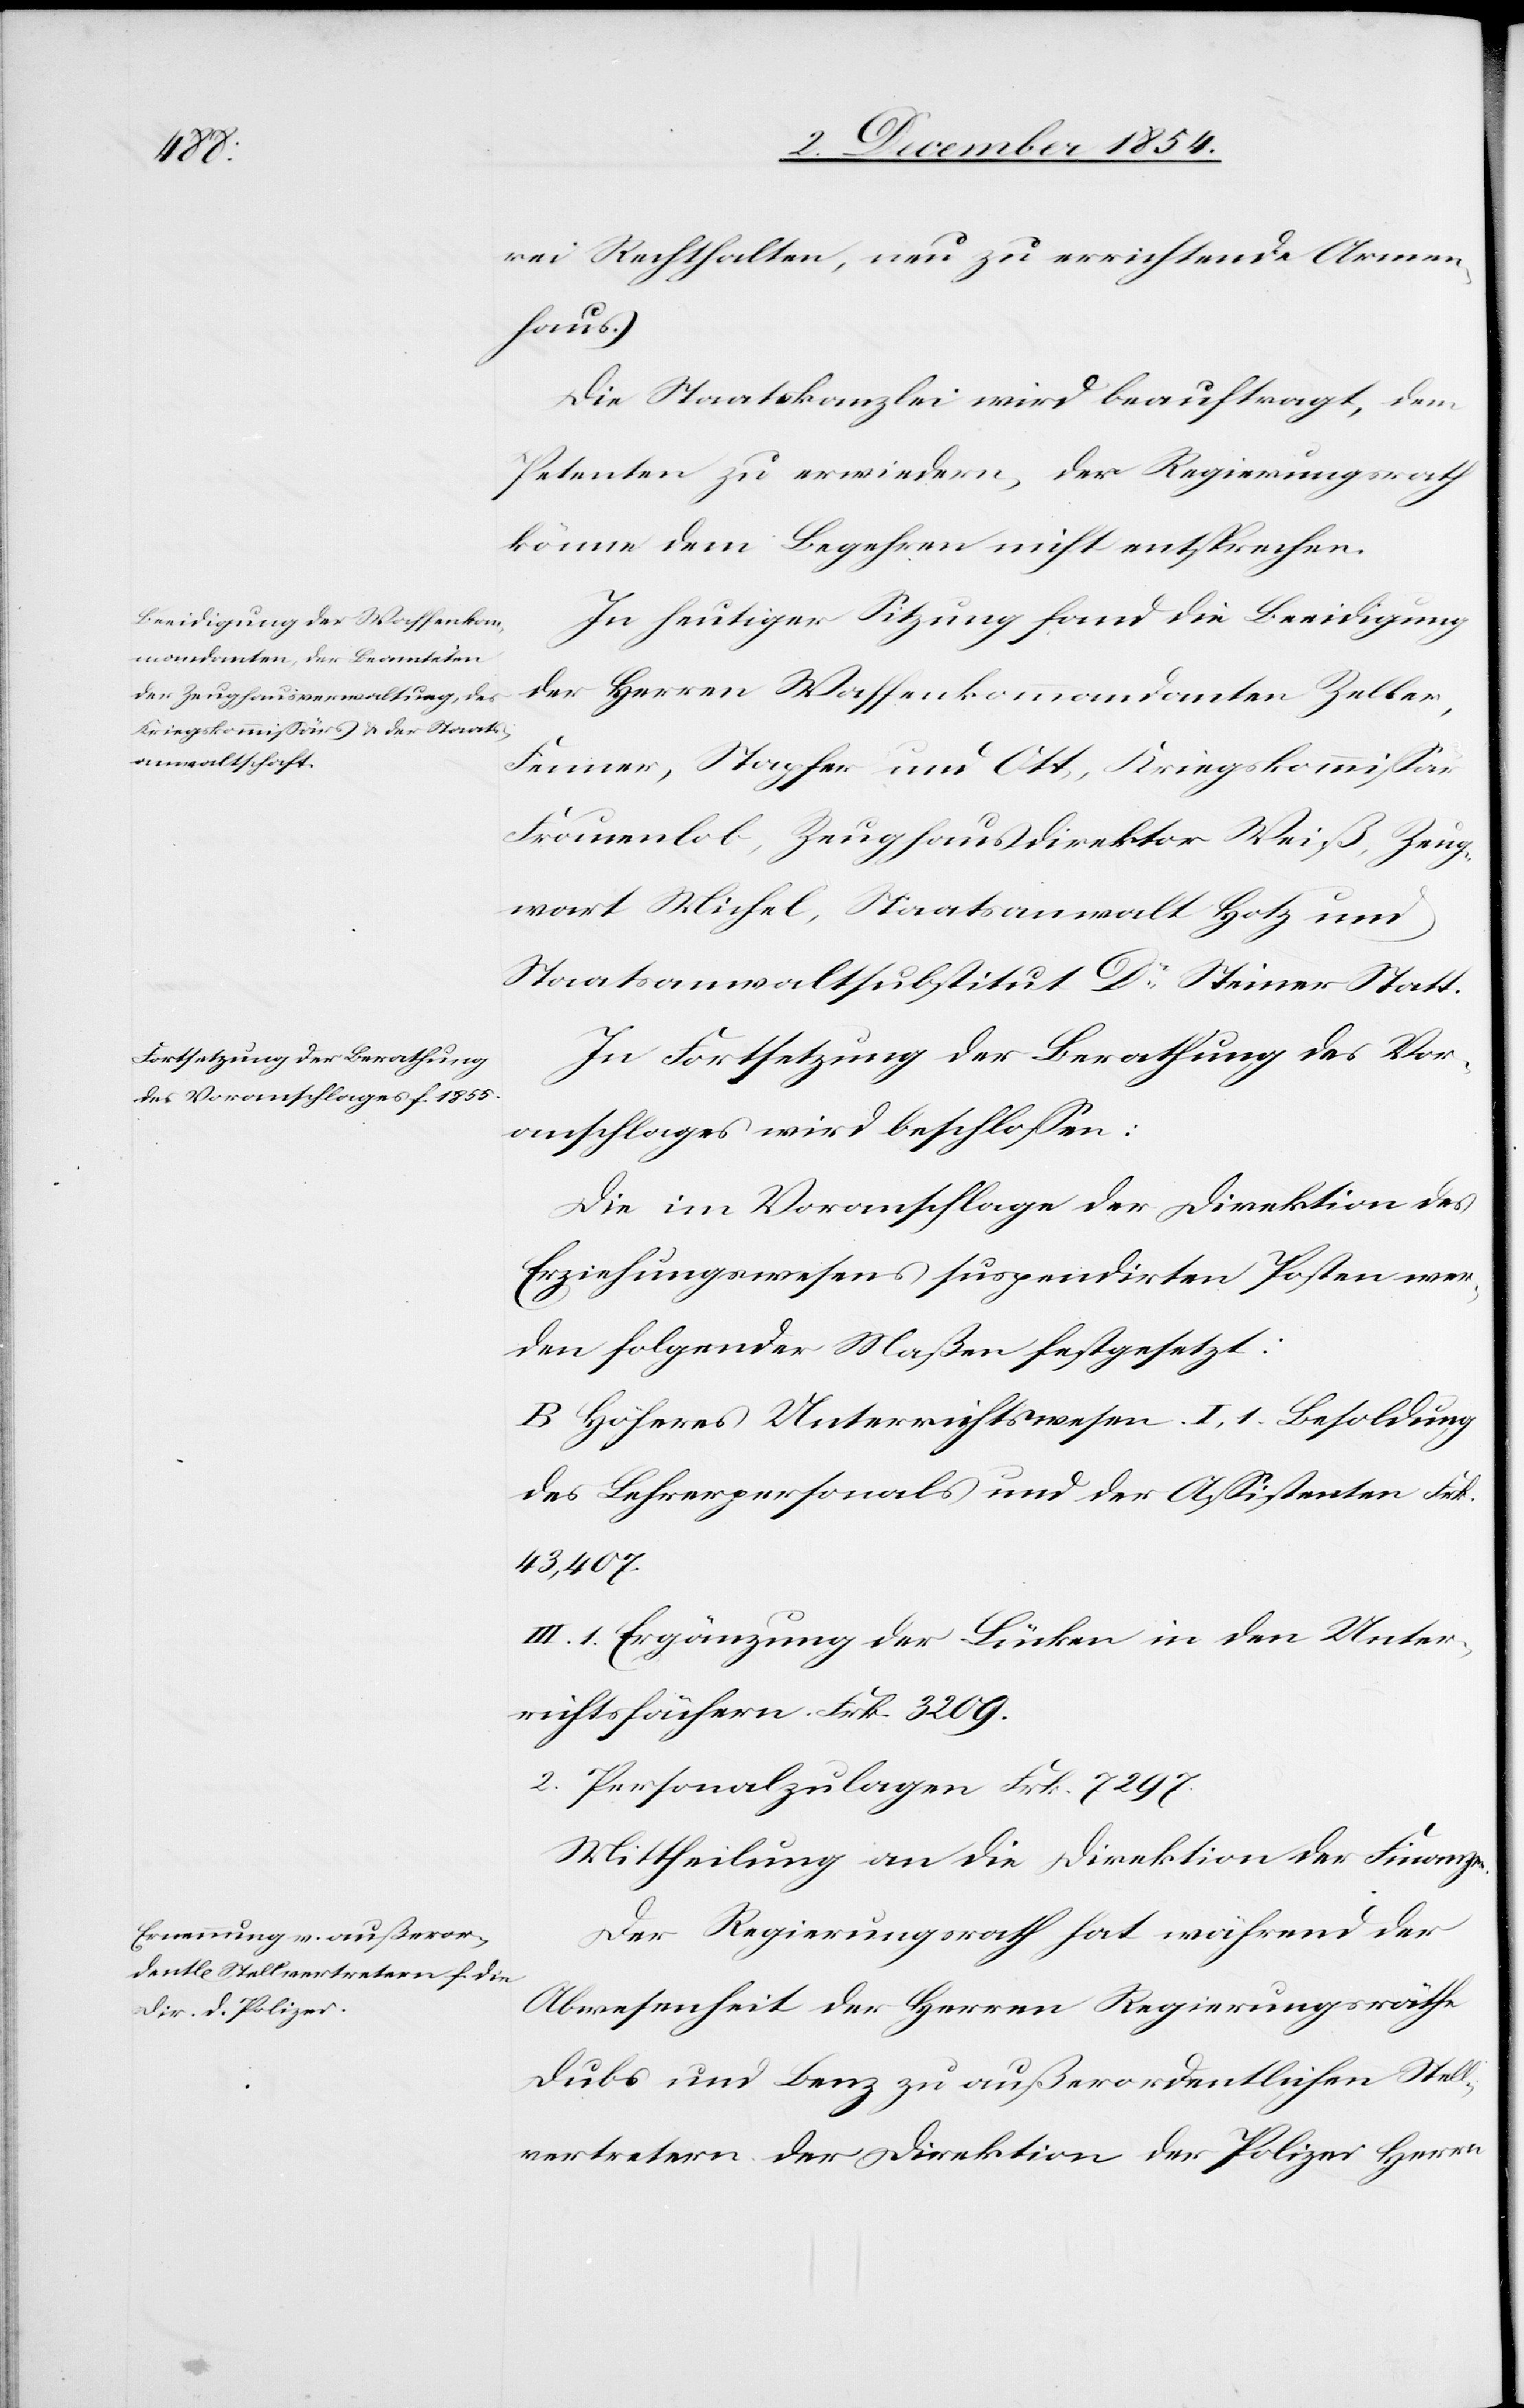
rei Rechthalten, neu zu errichtende Armen¬
haus.
Die Staatskanzlei wird beauftragt, dem
Petenten zu erwiedern, der Regierungsrath
könne dem Begehren nicht entsprechen.
In heutiger Sitzung fand die Beeidigung
der Herren Waffenkommandanten Zeller,
Fenner, Stapfer und Ott, Kriegskommißär
Frommenlob, Zeughausdirektor Weiß, Zeug¬
wart Michel, Staatsanwalt Hotz und
Staatsanwaltsubstitut Dr Steiner Statt.
In Fortsetzung der Berathung des Vor¬
anschlages wird beschloßen:
Die im Voranschlage der Direktion des
Erziehungswesens suspendirten Posten wer¬
den folgender Maßen festgesetzt:
B Höheres Unterrichtswesen I, 1. Besoldung
des Lehrerpersonals und der Aßistenten Frk.
43,407.
III. 1. Ergänzung der Lücken in den Unter¬
richtsfächern. Frk. 3209.
2. Personalzulagen Frk. 7297.
Mittheilung an die Direktion der Finanzen.
Der Regierungsrath hat während der
Abwesenheit der Herren Regierungsräthe
Dubs und Benz zu außerordentlichen Stell¬
vertretern der Direktion der Polizei Herrn